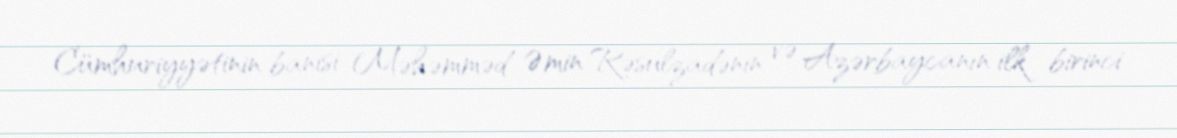
Cümhuriyyətinin banisi Məhəmməd Əmin Rəsulzadənin və Azərbaycanın ilk birinci